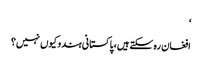
‘
افغان رہ سکتےہیں، پاکستانی ہندو کیوں نہیں؟